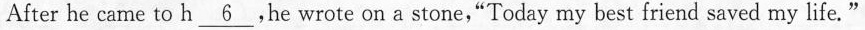
After he came to h \underline{6} ,he wrote on a stone,"Today my best friend saved my life."